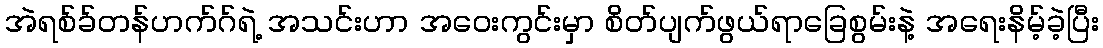
အဲရစ်ခ်တန်ဟက်ဂ်ရဲ့ အသင်းဟာ အဝေးကွင်းမှာ စိတ်ပျက်ဖွယ်ရာခြေစွမ်းနဲ့ အရေးနိမ့်ခဲ့ပြီး